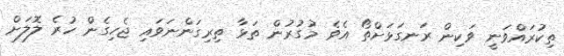
ތިކުރައްވަނީ ވަކިން ރަނގަޅަށްތޯ އެވެ މުގުރުން ތަޅާ ތިރިގަންނަވައި ޖެހިގެން ހުރެ ލޮލަށް